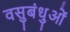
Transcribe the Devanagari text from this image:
वसुबंधुओं